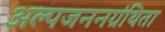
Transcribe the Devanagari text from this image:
अल्पजननग्रंथिता